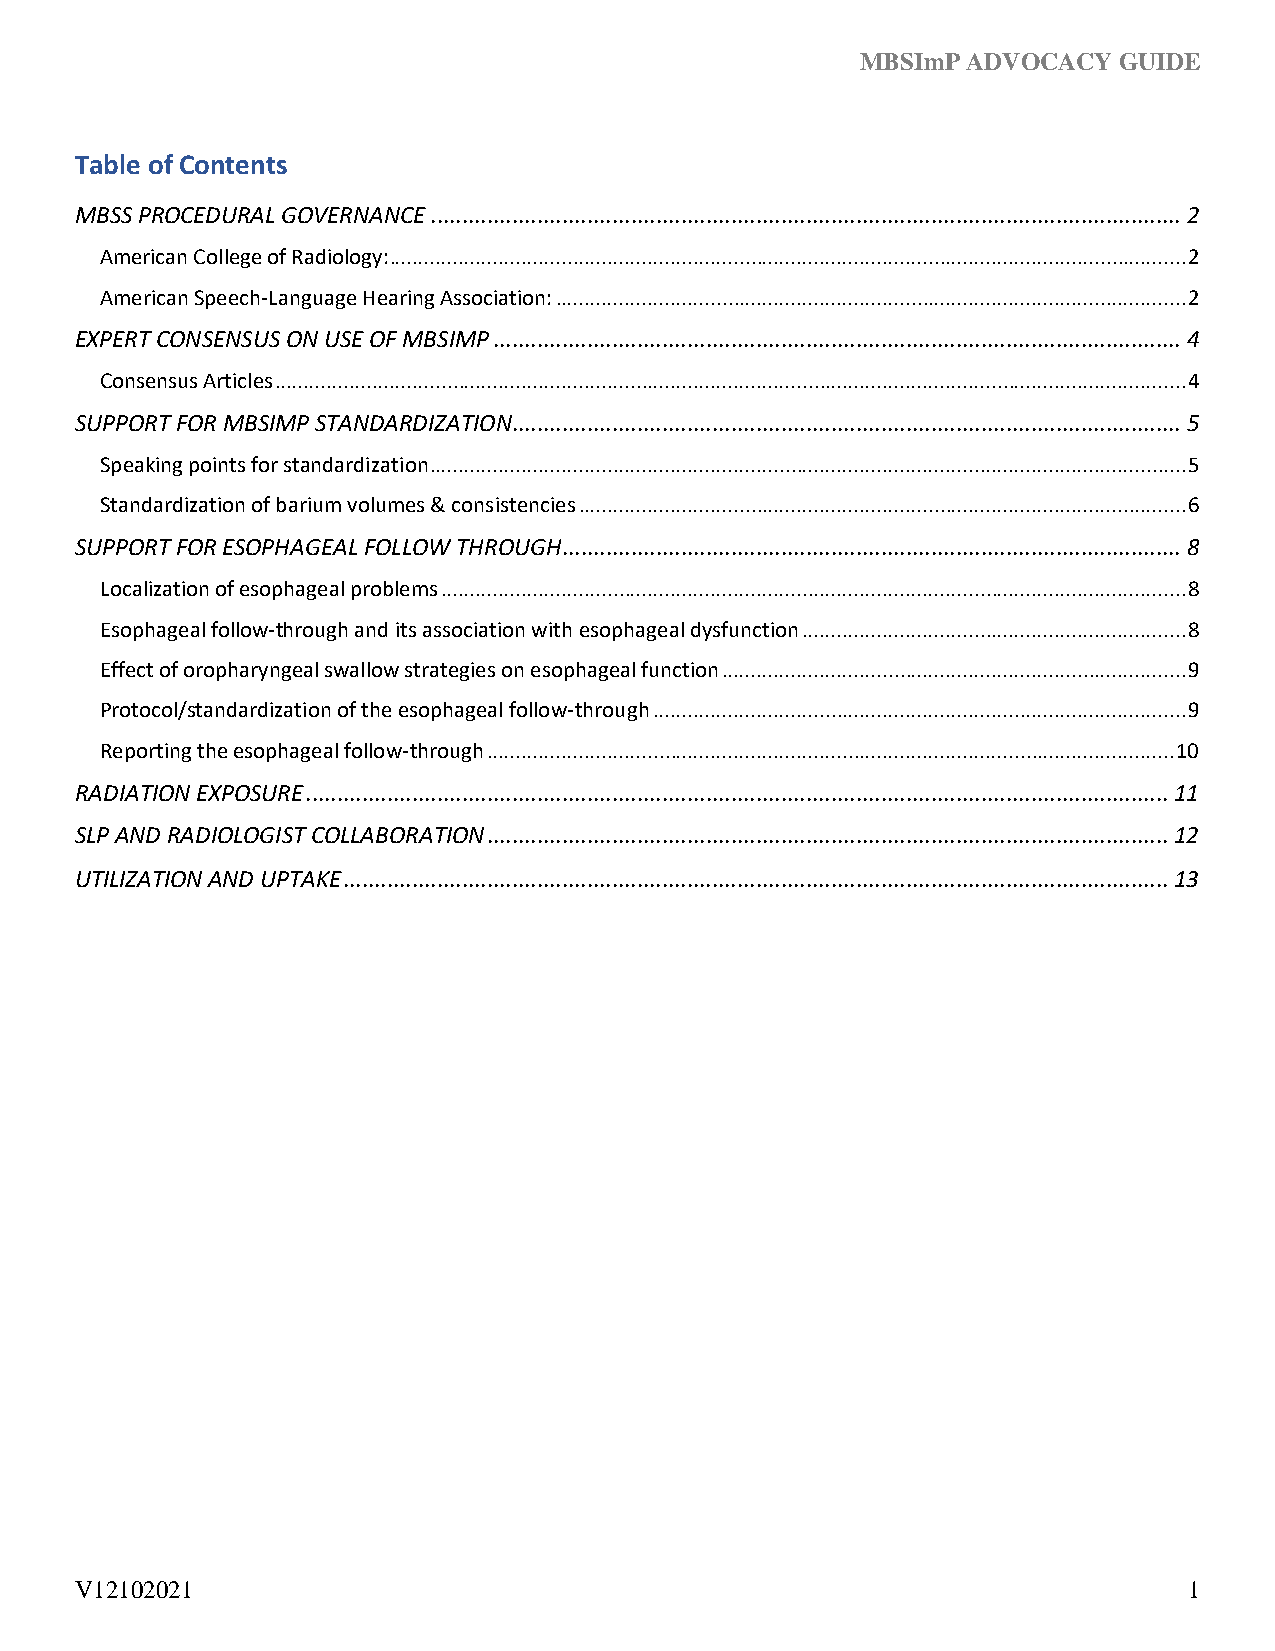
MBSImP ADVOCACY  GUIDE
 Table of Contents
 MBSS PROCEDURAL GOVERNANCE ........................................................................................................................ 2
 American College of Radiology:........................................................................................................................................... 2
 American Speech-Language Hearing Association: .............................................................................................................. 2
 EXPERT CONSENSUS ON USE OF MBSIMP .............................................................................................................. 4
 Consensus Articles ............................................................................................................................................................... 4
 SUPPORT FOR MBSIMP STANDARDIZATION ........................................................................................................... 5
 Speaking points for standardization .................................................................................................................................... 5
 Standardization of barium volumes & consistencies .......................................................................................................... 6
 SUPPORT FOR ESOPHAGEAL FOLLOW THROUGH................................................................................................... 8
 Localization of esophageal problems .................................................................................................................................. 8
 Esophageal follow-through and its association with esophageal dysfunction ................................................................... 8
 Effect of oropharyngeal swallow strategies on esophageal function ................................................................................. 9
 Protocol/standardization of the esophageal follow-through ............................................................................................. 9
 Reporting the esophageal follow-through ........................................................................................................................ 10
 RADIATION EXPOSURE .......................................................................................................................................... 11
 SLP AND RADIOLOGIST COLLABORATION ............................................................................................................. 12
 UTILIZATION AND UPTAKE .................................................................................................................................... 13
 V12102021                                                                 1